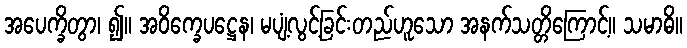
အပေက္ခိတွာ၊ ၍။ အဝိက္ခေပဋ္ဌေန၊ မပျံ့လွင့်ခြင်းတည်ဟူသော အနက်သတ္တိကြောင့်။ သမာဓိ။